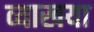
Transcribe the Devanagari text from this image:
व्याखया